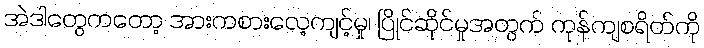
အဲဒါတွေကတော့ အားကစားလေ့ကျင့်မှု၊ ပြိုင်ဆိုင်မှုအတွက် ကုန်ကျစရိတ်ကို